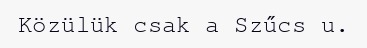
Közülük csak a Szűcs u.